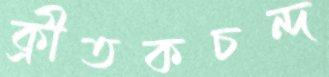
ক্রীতকচন্দ